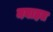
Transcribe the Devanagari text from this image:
नबाहत